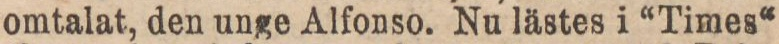
omtalat, den unge Alfonso. Nu lästes i “Times“